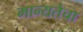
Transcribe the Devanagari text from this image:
मान्यतेचा